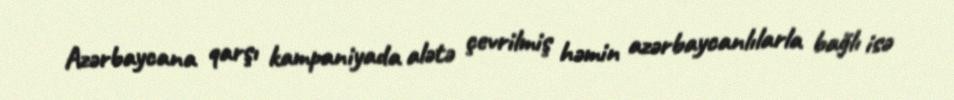
Azərbaycana qarşı kampaniyada alətə çevrilmiş həmin azərbaycanlılarla bağlı isə